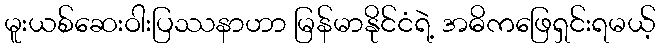
မူးယစ်ဆေးဝါးပြဿနာဟာ မြန်မာနိုင်ငံရဲ့ အဓိကဖြေရှင်းရမယ့်